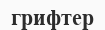
грифтер